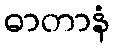
ဓာတာနံ